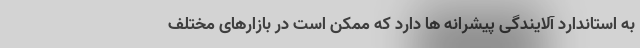
به استاندارد آلایندگی پیشرانه ها دارد که ممکن است در بازارهای مختلف